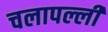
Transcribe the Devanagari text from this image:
चलापल्ली